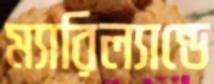
ম্যারিল্যান্ডে